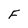
Character: F